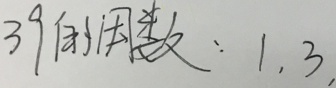
3 9 的 因 数 : 1 , 3 ,